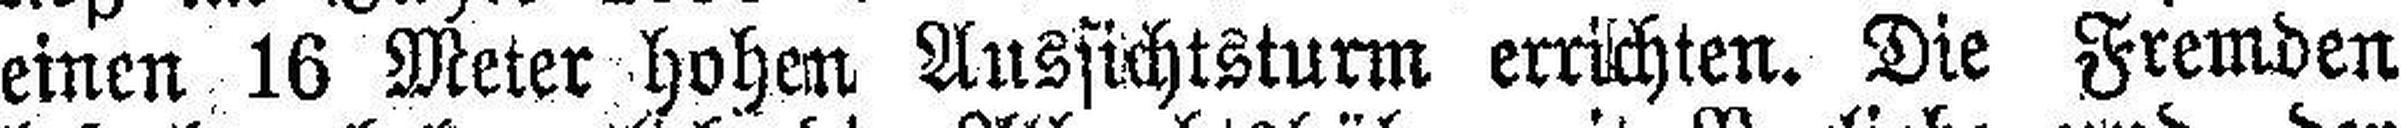
einen 16 Meter hohen Aussichtsturm errichten. Die Fremden